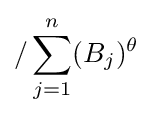
/\sum _{j=1}^{n}(B_{j})^{\theta }